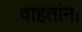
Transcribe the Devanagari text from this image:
वाहतांना